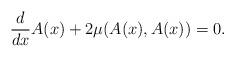
LaTeX: \begin{align*} \frac{d}{d x} A(x) + 2 \mu (A(x), A(x))=0. \end{align*}